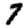
Digit: 7